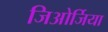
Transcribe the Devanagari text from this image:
जिओर्जिया